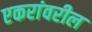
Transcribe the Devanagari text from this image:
एकरांवरील